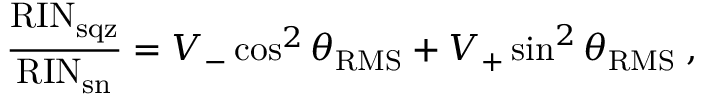
\frac { \mathrm { R I N _ { s q z } } } { \mathrm { R I N _ { s n } } } = V _ { - } \cos ^ { 2 } \theta _ { \mathrm { R M S } } + V _ { + } \sin ^ { 2 } \theta _ { \mathrm { R M S } } \; ,